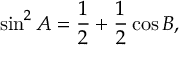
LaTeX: \sin ^ { 2 } A = { \frac { 1 } { 2 } } + { \frac { 1 } { 2 } } \cos B ,